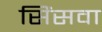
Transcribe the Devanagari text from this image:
सिंसवा